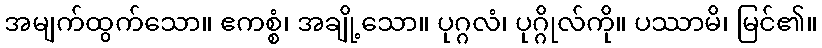
အမျက်ထွက်သော။ ဧကစ္စံ၊ အချို့သော။ ပုဂ္ဂလံ၊ ပုဂ္ဂိုလ်ကို။ ပဿာမိ၊ မြင်၏။